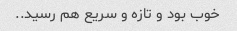
خوب بود و تازه و سریع هم رسید..